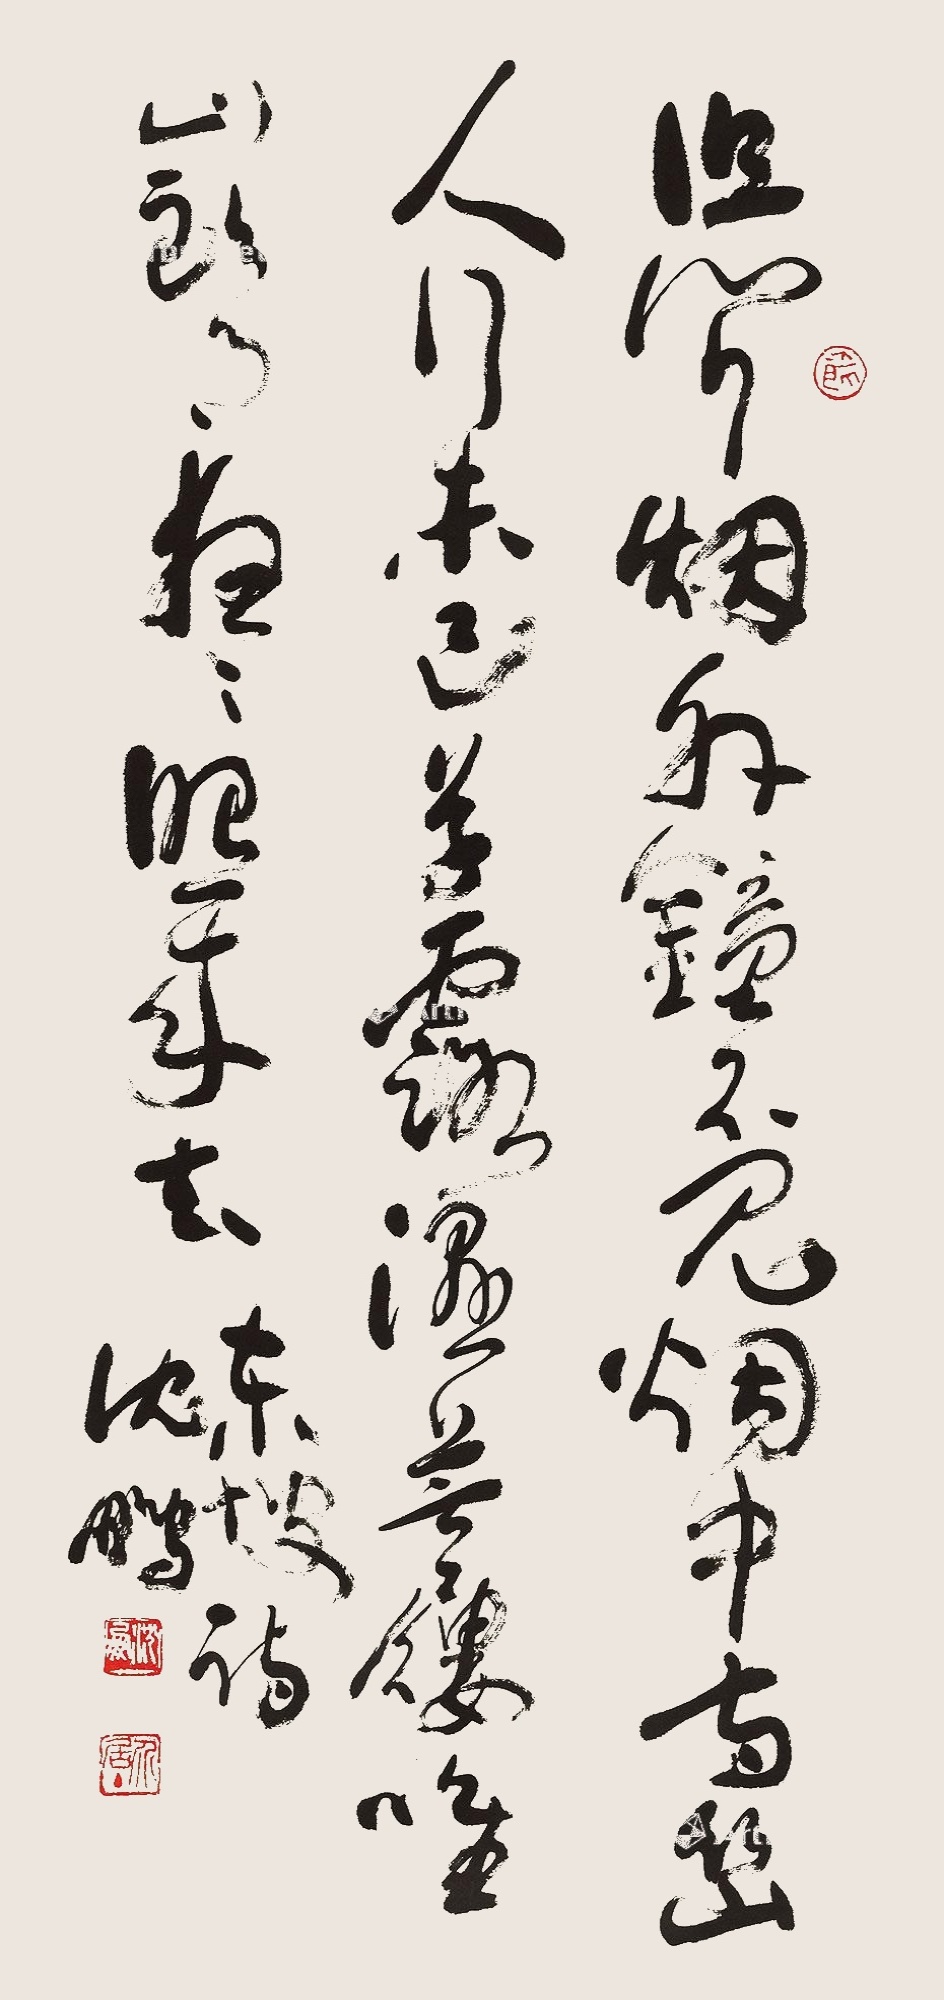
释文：但闻烟外钟，不见烟中寺。幽人行末己，草露湿芒屡。惟应山头月，夜夜照来去。东坡诗。沈鹏。